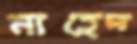
নাহেদ